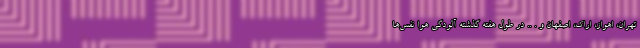
تهران، اهواز، اراک، اصفهان و . .. در طول هفته گذشته آلودگی هوا نفس‌ها